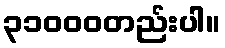
၃၁၀၀၀တည်းပါ။